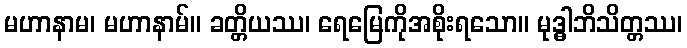
မဟာနာမ၊ မဟာနာမ်။ ခတ္တိယဿ၊ ရေမြေကိုအစိုးရသော။ မုဒ္ဓါဘိသိတ္တဿ၊